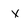
Character: X